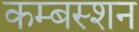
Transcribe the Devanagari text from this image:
कम्बस्शन